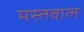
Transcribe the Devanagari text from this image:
मस्तवाल